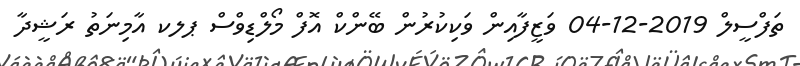
ތަފްސީލް 2019-12-04 ވަޒީފާއިން ވަކިކުރުން ބޭންކް އޮފް މޯލްޑިވްސް ޕލކ އާމިނަތު ރަޝީދާ